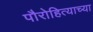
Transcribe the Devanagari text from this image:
पौरोहित्याच्या